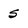
Character: S